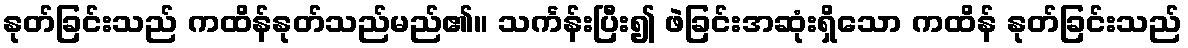
နုတ်ခြင်းသည် ကထိန်နုတ်သည်မည်၏။ သင်္ကန်းပြီး၍ ဖဲခြင်းအဆုံးရှိသော ကထိန် နုတ်ခြင်းသည်